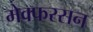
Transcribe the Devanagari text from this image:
मेक्फरसन